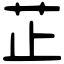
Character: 芷